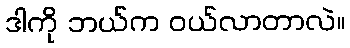
ဒါကို ဘယ်က ဝယ်လာတာလဲ။